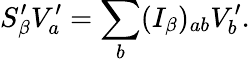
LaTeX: S_{\beta}^{\prime}V_{a}^{\prime}=\sum_{b}(I_{\beta})_{ab}V_{b}^{\prime}.